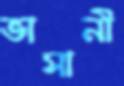
ভাসানী